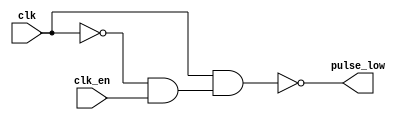
// This program was cloned from: https://github.com/Johnlon/spam-1
// License: Mozilla Public License 2.0

// License: Mozilla Public License : Version 2.0
/*
 Generates low pulse following rising edge of clock.
	 Delayed vs clk by the tPD of n4.
	 Width determined by the tPD of n1/n2/n3
 */
`timescale 1ns/1ns
module pulseGenerator (input clk,
                       input clk_en, // hign enables the pulse 
                       output pulse_low // pulse goes low
                       );
    
    // NEEDED FOR SHORT /WE PULSE ON RISING EDGE OF CLOCK FOR
    // 74HCT670 WHOSE MIN write pulse width is 20ns.
    // HOW IN PRACTICE? RC? OR MORE GATES AS SHOWN HERE?

    // Using 74HCT00 NAND
    // https://assets.nexperia.com/documents/data-sheet/74HC_HCT00.pdf
    // tPD 10ns gives a 30ns pulse
    parameter tPD = 10;
    
    wire gclk;
    wire not_gclk;
    wire not_clk;

    nand #(tPD) n1(not_clk, clk);
    nand #(tPD) n2(gclk, not_clk, clk_en);
    nand #(tPD) n3(not_gclk, gclk);
    nand #(tPD) n4(pulse_low, clk , not_gclk);

    
endmodule